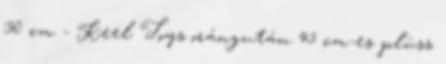
30 cm - Keel Toys orángután 45 cm-es plüss